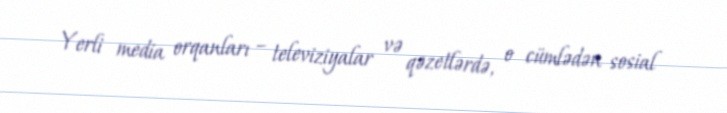
Yerli media orqanları – televiziyalar və qəzetlərdə, o cümlədən sosial